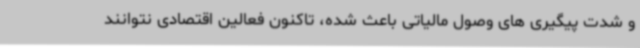
و شدت پیگیری های وصول مالیاتی باعث شده، تاکنون فعالین اقتصادی نتوانند